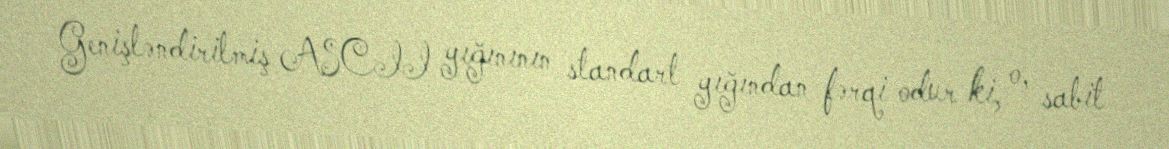
Genişləndirilmiş ASCII yığınının standart yığından fərqi odur ki, o, sabit